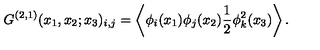
G ^ { ( 2 , 1 ) } ( x _ { 1 } , x _ { 2 } ; x _ { 3 } ) _ { i , j } = \left\langle { \phi } _ { i } ( x _ { 1 } ) { \phi } _ { j } ( x _ { 2 } ) \frac { 1 } { 2 } { \phi } _ { k } ^ { 2 } ( x _ { 3 } ) \right\rangle .